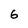
Character: 6